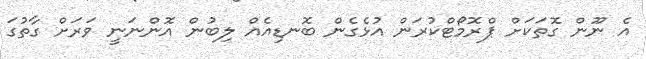
އެ ނޫން ގޮތަކަށް ޕްރޮމޯޓްކުރަން އުޅެގެން ބޮނޑިއެއް ލިބުން އޮންނަނީ ވަރަށް ގާތުގަ